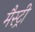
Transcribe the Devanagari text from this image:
मैस्ट्री